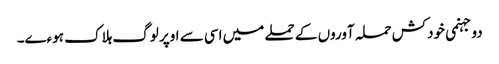
دو جہنمی خودکش حملہ آوروں کے حملے میں اسی سے اوپر لوگ ہلاک ہوءے۔